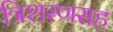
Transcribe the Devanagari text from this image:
त्रिशरणसह